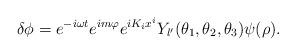
LaTeX: \begin{align*}\delta \phi = e^{-i \omega t} e^{i m \varphi} e^{i K_i x^i} Y_{l'}(\theta_1, \theta_2, \theta_3) \psi(\rho).\end{align*}